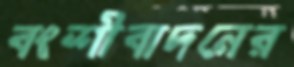
বংশীবাদনের